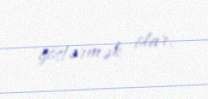
göstərmək olar.